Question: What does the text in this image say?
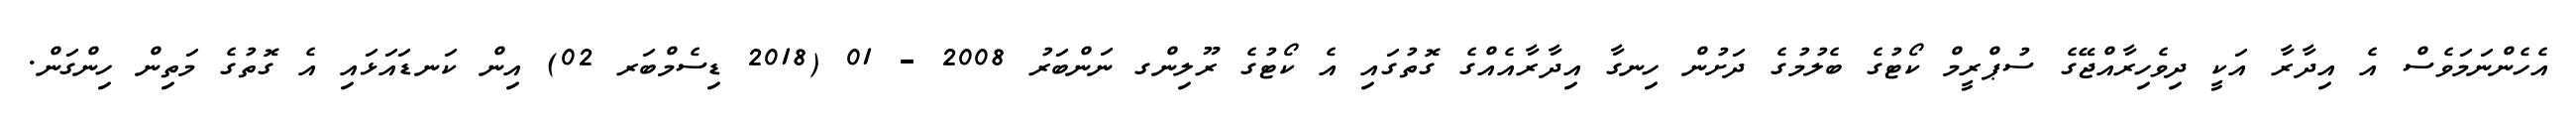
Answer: އެހެންނަމަވެސް އެ އިދާރާ އަކީ ދިވެހިރާއްޖޭގެ ސުޕްރީމް ކޯޓުގެ ބެލުމުގެ ދަށުން ހިނގާ އިދާރާއެއްގެ ގޮތުގައި އެ ކޯޓުގެ ރޫލިންގ ނަންބަރު 2008 - 01 (2018 ޑިސެމްބަރ 02) އިން ކަނޑައަޅައި އެ ގޮތުގެ މަތިން ހިންގަން.